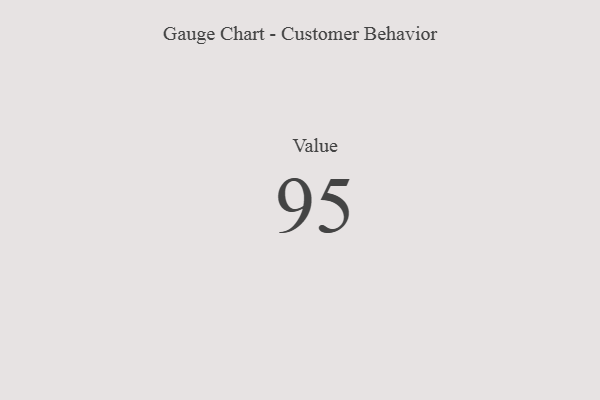
{"axis": {"x": "Metric", "y": "Value"}, "legend": [""], "data": [{"x": "Value", "y": 95, "type": ""}]}